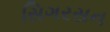
સિગરસન